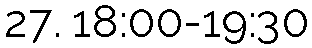
27. 18:00-19:30